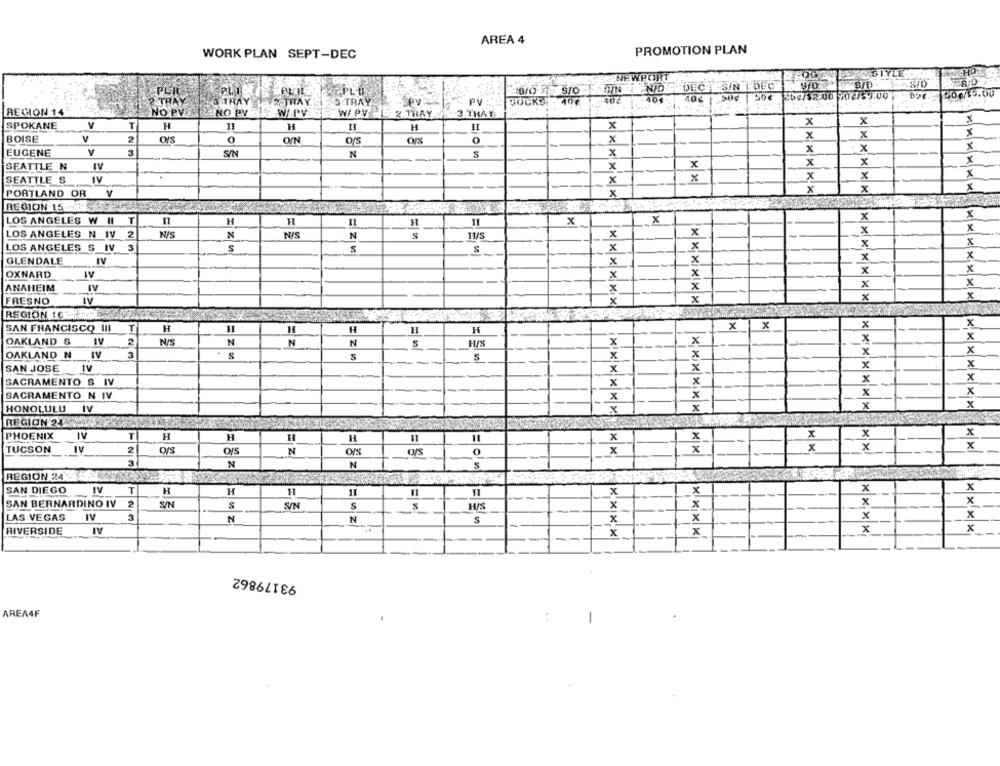
AREA 4
PROMOTION PLAN
WORK PLAN SEPT-DEC
NEWPORT
SIYLE
S/D
PLIGT
EPLU
DOCKS
40€
30€
204/32.00 002/59.00
? TRAY
3 TRAY
*TRAY
3 TRAY
. Py
PV
REGION 14
GNO PVIS
NO PV
W/.PV
W/ PV
2 TRAY
3 THAY
X
x
X
SPOKANE
V
T
H
H
H
x
BOISE
5
2
0
0
x
x
x
x
O/N
OS
x
EUGENE
SIN
N
S
x
x
x
x
x
X
SEATTLE N
IV
x
x
x
x
x
SEATTLE S
IV
x
X
x
x
x
PORTLAND OR V
x
REGION -15-
x
LOS ANGELES W II T
H
H
x
x
x
x
x
LOS ANGELES N IV
2
N/S
N
NIS
N
S
x
x
x
x
x
X
LOS ANGELES S IV 3
S
5
S
GLENDALE
IV
X
x
x
x
x
OXNARD
IV
x
x
x
ANAHEIM
x
x
FRESNO
x
x
x
IV
REGION tC ---
x
SAN FRANCISCO III T
H
H
H
H
x
x
X
x
x
OAKLAND S
N/S
N
N
N
H/S
x
x
x
x
x
OAKLAND N IV
3
S
S
x
x
x
x
SAN JOSE IV
SACRAMENTO S IV
x
x
x
x
SACRAMENTO N IV
x
x
x
X
x
x
HONOLULU IV
x
REGION24
PHOENIX
IV
T
H
H
H
H
x
x
X
TUCSON
2
O/S
OIS
N
OrS
0
x
x
x
x
x
1
3
N
N
REGION 24
SAN DIEGO
IV
T
H
H
11
x
x
x
X
11
SAN BERNARDINO IV
2
S/N
S
S/N
S
H/S
x
X
x
x_
LAS VEGAS
IV
3
N
N
S
x
x
x
x
x
RIVERSIDE
x
x
x
93179862
AREA4F